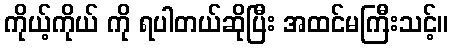
ကိုယ့်ကိုယ် ကို ရပါတယ်ဆိုပြီး အထင်မကြီးသင့်။